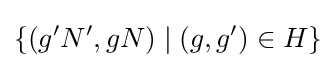
\{(g'N',gN)\mid (g,g')\in H\}